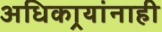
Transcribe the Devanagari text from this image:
अधिकार्‍यांनाही